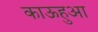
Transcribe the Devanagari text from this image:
काऊहुआ